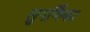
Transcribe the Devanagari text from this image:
सुपर्णिका